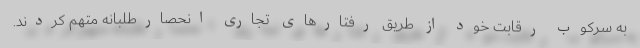
به سرکوب رقابت خود از طریق رفتارهای تجاری انحصارطلبانه متهم کردند.